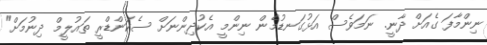
ނިންމާފަ ގެއަށް ދާނީ. ނަމަވެސް އަޅުގަނޑުމެން ނިންމީ އެކުދިންނަށް ސެކަންޑްރީ ތައުލީމް ދިނުމަށް"